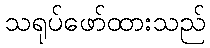
သရုပ်ဖော်ထားသည်